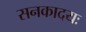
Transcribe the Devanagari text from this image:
सनकादयः